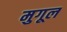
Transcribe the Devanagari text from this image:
मुगूल